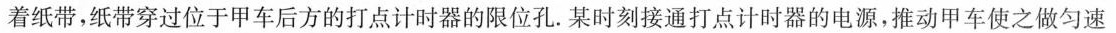
着纸带，纸带穿过位于甲车后方的打点计时器的限位孔。某时刻接通打点计时器的电源，推动甲车使之做匀速